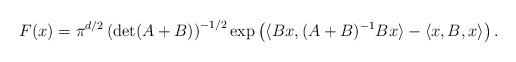
LaTeX: \begin{align*} F(x) = \pi^{d/2}\left(\det(A+B) \right)^{-1/2}\exp\left(\langle Bx, (A+B)^{-1} Bx\rangle -\langle x, B, x\rangle\right). \end{align*}